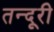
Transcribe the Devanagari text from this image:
तन्दूरी